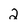
Character: 2